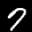
Label: 7